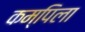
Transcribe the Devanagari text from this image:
कम्पिला